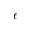
\epsilon